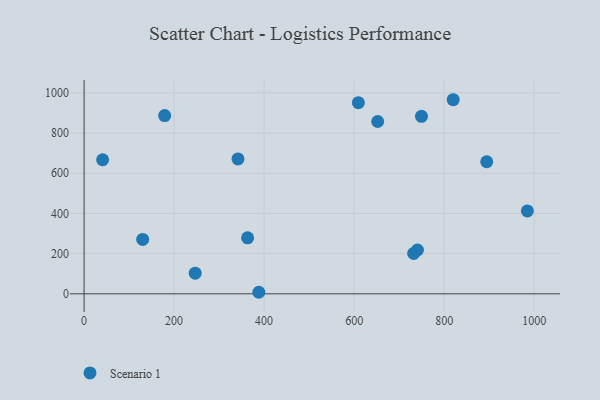
{"axis": {"x": "Investment", "y": "Rating"}, "legend": ["Scenario 1"], "data": [{"x": "130.2", "y": 270.7, "type": "Scenario 1"}, {"x": "652.3", "y": 857.6, "type": "Scenario 1"}, {"x": "179.0", "y": 887.1, "type": "Scenario 1"}, {"x": "894.6", "y": 657.2, "type": "Scenario 1"}, {"x": "749.6", "y": 883.2, "type": "Scenario 1"}, {"x": "246.9", "y": 102.6, "type": "Scenario 1"}, {"x": "363.3", "y": 278.8, "type": "Scenario 1"}, {"x": "732.3", "y": 201.2, "type": "Scenario 1"}, {"x": "740.6", "y": 218.0, "type": "Scenario 1"}, {"x": "984.9", "y": 412.8, "type": "Scenario 1"}, {"x": "388.2", "y": 7.7, "type": "Scenario 1"}, {"x": "609.4", "y": 951.3, "type": "Scenario 1"}, {"x": "41.2", "y": 667.2, "type": "Scenario 1"}, {"x": "820.1", "y": 966.0, "type": "Scenario 1"}, {"x": "341.9", "y": 671.3, "type": "Scenario 1"}]}